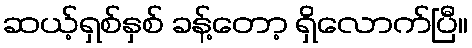
ဆယ့်ရှစ်နှစ် ခန့်တော့ ရှိလောက်ပြီ။